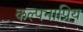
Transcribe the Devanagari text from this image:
कल्पनाप्रिय